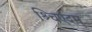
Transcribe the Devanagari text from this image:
श्र्चिएदम